Report of the Indian Hemp Drugs Commission, 1894-1895 - Volume VIII
Year: 1894
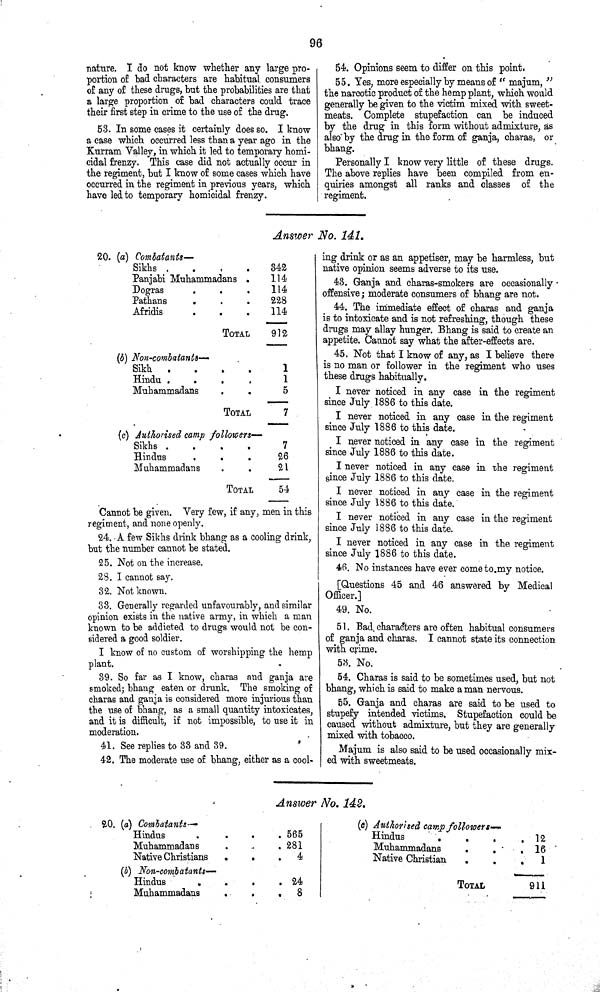
96
nature. I do not know whether any large pro¬
portion of bad characters are habitual consumers
of any of these drugs, but the probabilities are that
a large proportion of bad characters could trace
their first step in crime to the use of the drug.
53. In some cases it certainly does so. I know
a case which occurred less than a year ago in the
Kurram Valley, in which it led to temporary homi¬
cidal frenzy. This case did not actually occur in
the regiment, but I know of some cases which have
occurred in the regiment in previous years, which
have led to temporary homicidal frenzy.
54. Opinions seem to differ on this point.
55. Yes, more especially by means of
"majum,"
the narcotic product of the hemp plant, which would
generally be given to the victim mixed with sweet¬
meats. Complete stupefaction can be induced
by the drug in this form without admixture, as
also by the drug in the form of ganja, charas, or
bhang.
Personally I know very little of these drugs.
The above replies have been compiled from en¬
quiries amongst all ranks and classes of the
regiment.
Answer No. 141.
20. (a) Combatants—
Sikhs
342
Panjabi Muhammadans
114
Dogras
114
Pathans
228
Afridis
114
TOTAL
912
(b) Non-combatants—
Sikh
1
Hindu
1
Muhammadans
5
TOTAL
7
(c) Authorised camp followers—
Sikhs
7
Hindus
26
Muhammadans
21
TOTAL
54
Cannot be given. Very few, if any, men in this
regiment, and none openly.
24. A few Sikhs drink bhang as a cooling drink,
but the number cannot be stated.
25. Not on the increase.
28. I cannot say.
32. Not known.
33. Generally regarded unfavourably, and similar
opinion exists in the native army, in which a man
known to be addicted to drugs would not be con¬
sidered a good soldier.
I know of no custom of worshipping the hemp
plant.
39. So far as I know, charas and ganja are
smoked; bhang eaten or drunk. The smoking of
charas and ganja is considered more injurious than
the use of bhang, as a small quantity intoxicates,
and it is difficult, if not impossible, to use it in
moderation.
41. See replies to 33 and 39.
42. The moderate use of bhang, either as a cool¬
ing drink or as an appetiser, may be harmless, but
native opinion seems adverse to its use.
43. Ganja and charas-smokers are occasionally
offensive; moderate consumers of bhang are not.
44. The immediate effect of charas and ganja
is to intoxicate and is not refreshing, though these
drugs may allay hunger. Bhang is said to create an
appetite. Cannot say what the after-effects are.
45. Not that I know of any, as I believe there
is no man or follower in the regiment who uses
these drugs habitually.
I never noticed in any case in the regiment
since July 1886 to this date.
I never noticed in any case in the regiment
since July 1886 to this date.
I never noticed in any case in the regiment
since July 1886 to this date.
I never noticed in any case in the regiment
since July 1886 to this date.
I never noticed in any case in the regiment
since July 1886 to this date.
I never noticed in any case in the regiment
since July 1886 to this date.
I never noticed in any case in the regiment
since July 1886 to this date.
46. No instances have ever come to my notice.
[Questions 45 and 46 answered by Medical
Officer.]
49. No.
51. Bad. characters are often habitual consumers
of ganja and charas. I cannot state its connection
with crime.
53. No.
54. Charas is said to be sometimes used, but not
bhang, which is said to make a man nervous.
55. Ganja and charas are said to be used to
stupefy intended victims. Stupefaction could be
caused without admixture, but they are generally
mixed with tobacco.
Majum is also said to be used occasionally mix¬
ed with sweetmeats.
Answer No. 142.
20. (a) Combatants—
Hindus
565
Muhammadans
281
Native Christians
4
(b) Non-combatants—
Hindus
24
Muhammadans
8
(c) Authorised camp followers—
Hindus
12
Muhammadans
16
Native Christian
1
TOTAL
911